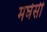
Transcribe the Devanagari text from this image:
मघेसी